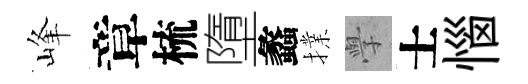
峰章梳墮蠡擈𭓕士惱